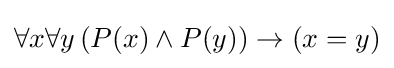
\forall {x}\forall {y}\left(P(x)\wedge P(y)\right)\rightarrow (x=y)